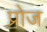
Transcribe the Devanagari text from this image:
प्रोज